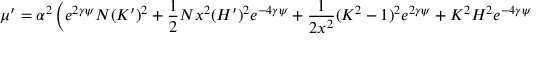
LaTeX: \mu ^ { \prime } = \alpha ^ { 2 } \left( e ^ { 2 \gamma \psi } N ( K ^ { \prime } ) ^ { 2 } + \frac { 1 } { 2 } N x ^ { 2 } ( H ^ { \prime } ) ^ { 2 } e ^ { - 4 \gamma \psi } + \frac { 1 } { 2 x ^ { 2 } } ( K ^ { 2 } - 1 ) ^ { 2 } e ^ { 2 \gamma \psi } + K ^ { 2 } H ^ { 2 } e ^ { - 4 \gamma \psi } \right.